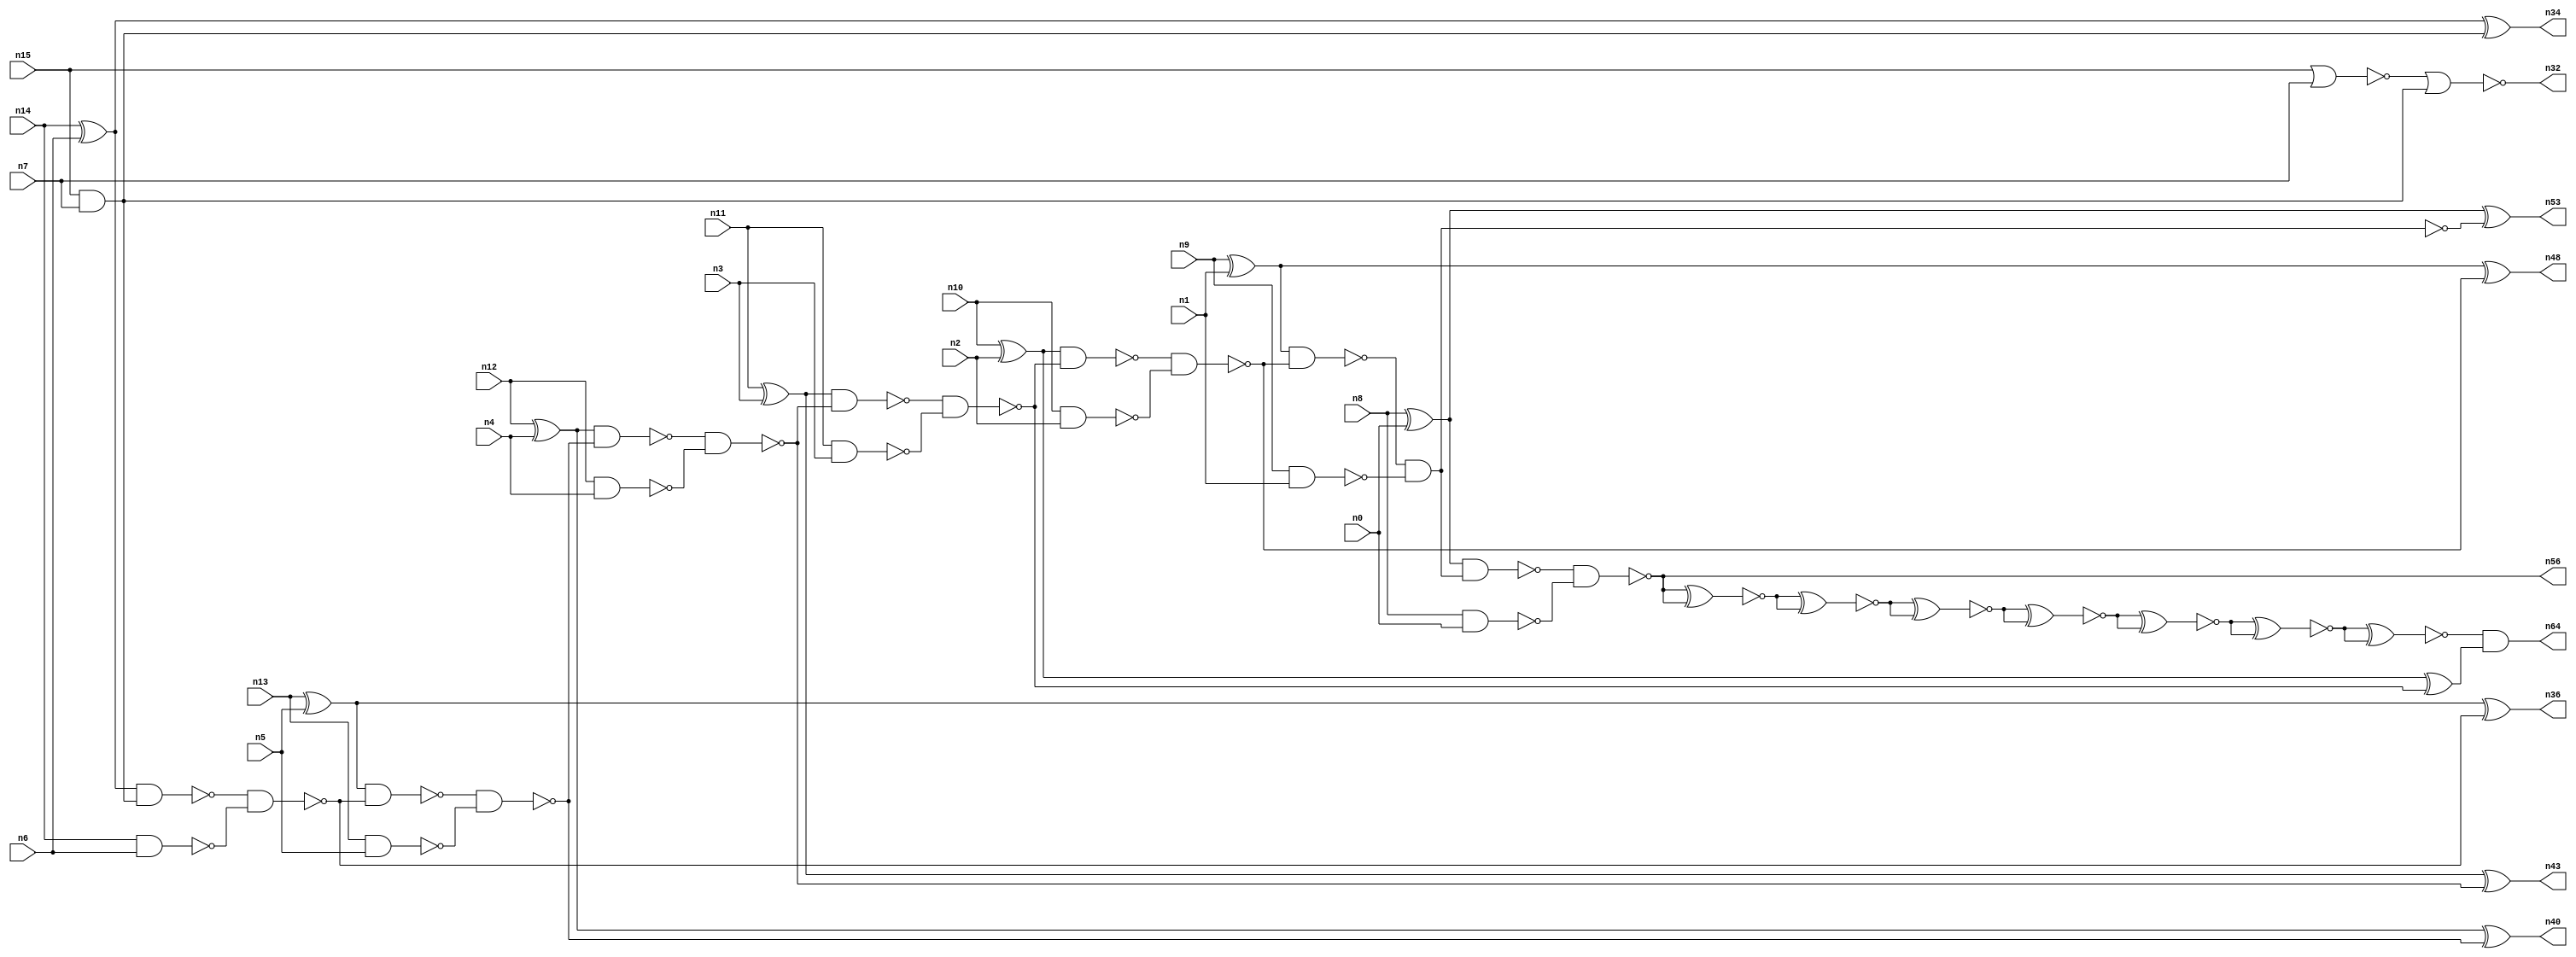
// This file contains a pareto-optimal circuit with respect to area and the fault-resilince parameter p_fault which is defined as:
// "For all input vectors, the ratio of the no. of faults observable at the POs to the no. of total possible faults in the circuit".
// This code is part of the ReCkt library (https://github.com/umar-afzaal/ReCkt) distributed under The MIT License.
// When used, please cite the following article(s):
// U. Afzaal, A.S. Hassan, M. Usman and J.A. Lee, "On the Evolutionary Synthesis of Increased Fault-resilience Arithmetic Circuits".

// p_fault = 82.3 %    (Lower is better)
// gates = 48.0
// levels = 23
// area = 67.94    (For MCNC library relative to nand2)
// power = 293.9 uW    (Berkely-SIS for MCNC library @ Vdd=5V and 20 MHz clock)
// delay = 33.4 ns    (Berkely-ABC for MCNC library)
// PDP = 9.81626e-12 J

// Pin mapping:
// {n0, n1, n2, n3, n4, n5, n6, n7} = A[7:0]
// {n8, n9, n10, n11, n12, n13, n14, n15} = B[7:0]
// {n56, n53, n48, n64, n43, n40, n36, n34, n32} = O[8:0]

module addr8s_area_23 (
n0, n1, n2, n3, n4, n5, n6, n7, n8, n9, n10, n11, n12, n13, n14, n15, 
n56, n53, n48, n64, n43, n40, n36, n34, n32
);

input n0, n1, n2, n3, n4, n5, n6, n7, n8, n9, n10, n11, n12, n13, n14, n15;
output n56, n53, n48, n64, n43, n40, n36, n34, n32;
wire n22, n42, n28, n21, n54, n49, n30, n16, n27, n52, n24, n45, n20, n18, n55, n51, n31, n39, n25, n58, 
n41, n26, n37, n35, n29, n17, n38, n19, n61, n62, n50, n46, n47, n59, n23, n57, n33, n60, n44;

xor (n16, n14, n6);
xor (n17, n13, n5);
nand (n18, n14, n6);
xor (n19, n9, n1);
xor (n20, n8, n0);
xor (n21, n10, n2);
xor (n22, n12, n4);
nand (n23, n9, n1);
nor (n24, n15, n7);
and (n25, n15, n7);
nand (n26, n11, n3);
nand (n27, n12, n4);
xor (n28, n11, n3);
nand (n29, n10, n2);
nand (n30, n13, n5);
nand (n31, n8, n0);
nor (n32, n24, n25);
nand (n33, n16, n25);
xor (n34, n16, n25);
nand (n35, n33, n18);
xor (n36, n17, n35);
nand (n37, n17, n35);
nand (n38, n37, n30);
nand (n39, n22, n38);
xor (n40, n22, n38);
nand (n41, n39, n27);
nand (n42, n28, n41);
xor (n43, n28, n41);
nand (n44, n42, n26);
nand (n45, n21, n44);
xor (n46, n21, n44);
nand (n47, n45, n29);
xor (n48, n19, n47);
nand (n49, n19, n47);
nand (n50, n49, n23);
and (n51, n49, n23);
nand (n52, n20, n51);
xor (n53, n20, n50);
nand (n54, n52, n31);
xnor (n55, n54, n54);
or (n56, n54, n54);
xnor (n57, n55, n55);
xnor (n58, n57, n57);
xnor (n59, n58, n58);
xnor (n60, n59, n59);
xnor (n61, n60, n60);
xnor (n62, n61, n61);
and (n64, n62, n46);

endmodule